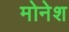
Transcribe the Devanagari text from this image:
मोनेश